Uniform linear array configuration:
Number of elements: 4
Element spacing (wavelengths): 0.75
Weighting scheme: uniform
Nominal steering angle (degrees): -60
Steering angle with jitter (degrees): -59.514
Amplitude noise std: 0.05
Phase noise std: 0.05

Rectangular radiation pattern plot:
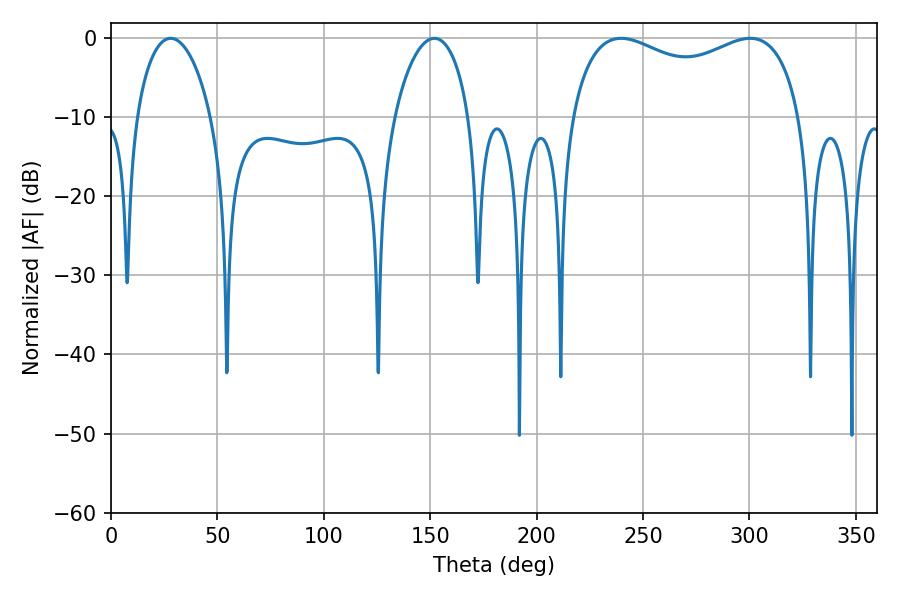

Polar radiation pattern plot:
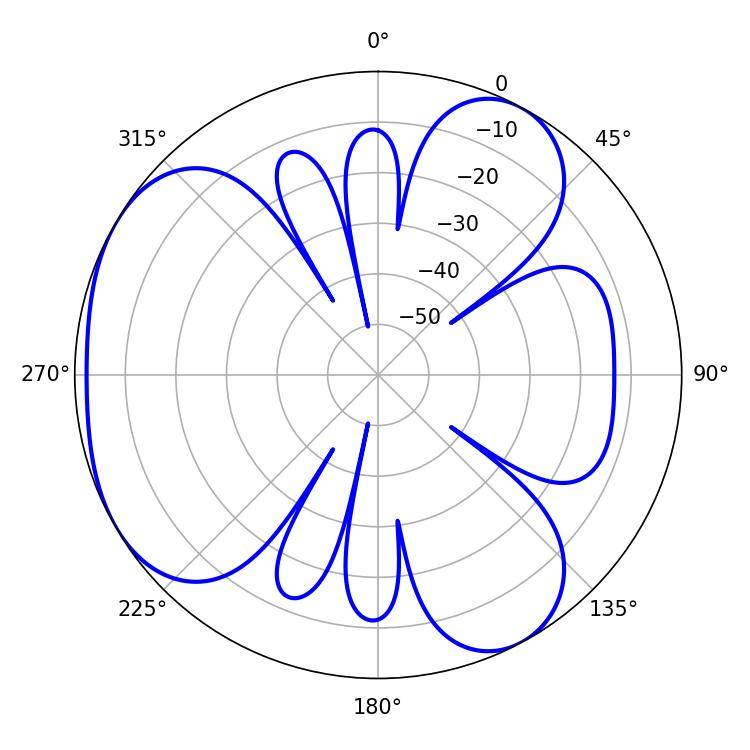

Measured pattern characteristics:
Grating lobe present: TRUE
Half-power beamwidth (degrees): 19.98
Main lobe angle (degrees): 28.08